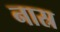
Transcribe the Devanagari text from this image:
नास्र